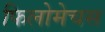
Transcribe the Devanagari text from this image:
फिलोमेचस